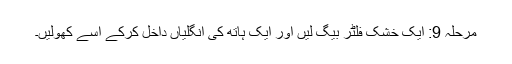
مرحلہ 9: ایک خشک فلٹر بیگ لیں اور ایک ہاتھ کی انگلیاں داخل کرکے اسے کھولیں۔